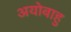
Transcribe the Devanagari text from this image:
अयोबाहु